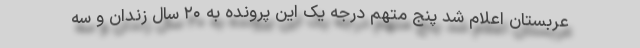
عربستان اعلام شد پنج متهم درجه یک این پرونده به ۲۰ سال زندان و سه